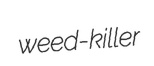
weed-killer